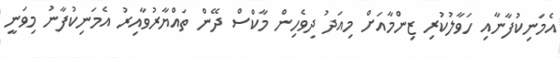
އެމަނިކުފާނާއި ހަވާލުކުރި ޒިންމާއަށް މިއަދު ދިވެހިން މާކްސް ދޭން ތައްޔާރުވާއިރު އެމަނިކުފާނު މިވަނީ